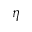
\eta